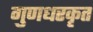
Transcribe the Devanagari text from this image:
गुणधरकृत